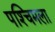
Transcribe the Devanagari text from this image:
पश्‍चिमला